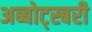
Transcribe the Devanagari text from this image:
अब्बोट्स्बरी